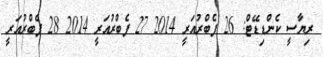
ރިޔާސީ ކެންޑިޑޭޓް: 26 ފެބްރުއަރީ 2014 27 ފެބްރުއަރީ 2014 28 ފެބްރުއަރީ